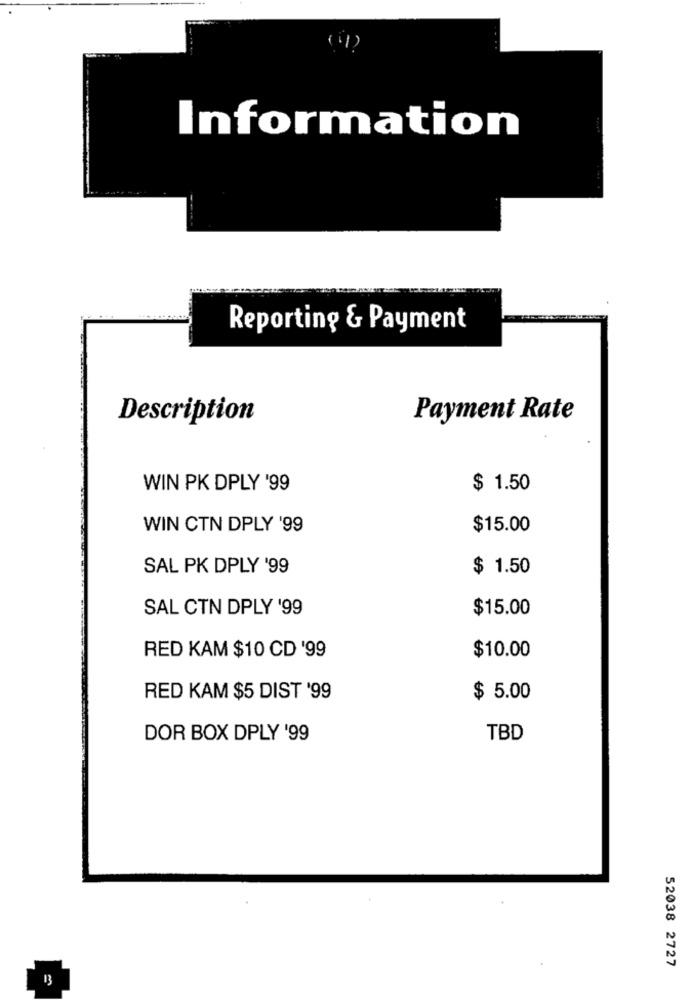
Information
Reporting & Payment
Description
Payment Rate
WIN PK DPLY '99
$ 1.50
WIN CTN DPLY '99
$15.00
SAL PK DPLY '99
$ 1.50
SAL CTN DPLY '99
$15.00
RED KAM $10 CD '99
$10.00
RED KAM $5 DIST '99
$ 5.00
DOR BOX DPLY '99
TBD
52038 2727
13